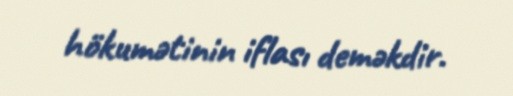
hökumətinin iflası deməkdir.